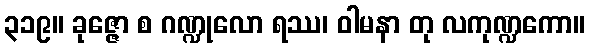
၃၁၉။ ခုဇ္ဇော စ ဂဏ္ဍုလော ရဿ၊ ဝါမနာ တု လကုဏ္ဍကော။